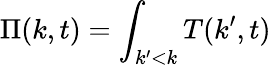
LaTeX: \Pi(k,t)=\int_{k^{\prime}<k}T(k^{\prime},t)